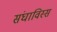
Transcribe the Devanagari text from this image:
संघाविस्सं